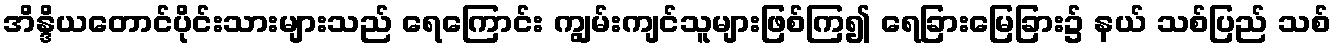
အိန္ဒိယတောင်ပိုင်းသားများသည် ရေကြောင်း ကျွမ်းကျင်သူများဖြစ်ကြ၍ ရေခြားမြေခြား၌ နယ် သစ်ပြည် သစ်